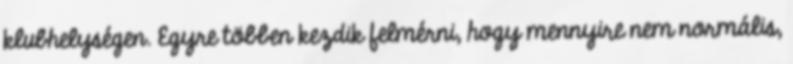
klubhelységen. Egyre többen kezdik felmérni, hogy mennyire nem normális,